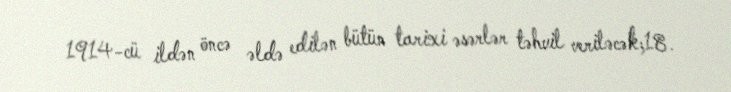
1914-cü ildən öncə əldə edilən bütün tarixi əsərlər təhvil veriləcək;18.